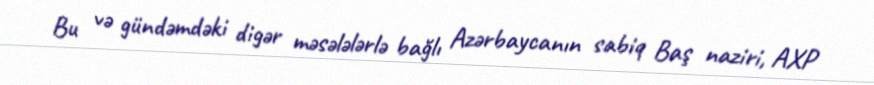
Bu və gündəmdəki digər məsələlərlə bağlı Azərbaycanın sabiq Baş naziri, AXP